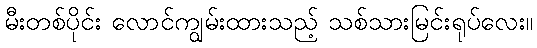
မီးတစ်ပိုင်း လောင်ကျွမ်းထားသည့် သစ်သားမြင်းရုပ်လေး။